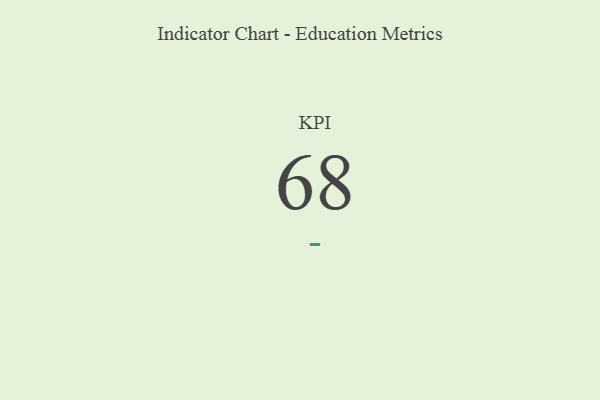
{"axis": {"x": "KPI", "y": "Value"}, "legend": [""], "data": [{"x": "KPI", "y": 68, "type": ""}]}